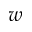
w